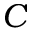
C